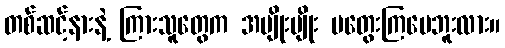
တစ်ဆင့်နားနဲ့ ကြားသူတွေက အမျိုးမျိုး မတွေးကြပေဘူးလား။